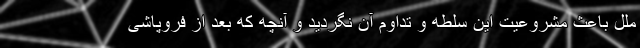
ملل باعث مشروعیت این سلطه و تداوم آن نگردید و آنچه که بعد از فروپاشی